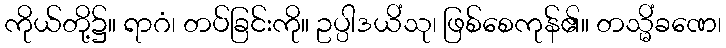
ကိုယ်တို့၌။ ရာဂံ၊ တပ်ခြင်းကို။ ဥပ္ပါဒယိံသု၊ ဖြစ်စေကုန်၏။ တသ္မိံခဏေ၊